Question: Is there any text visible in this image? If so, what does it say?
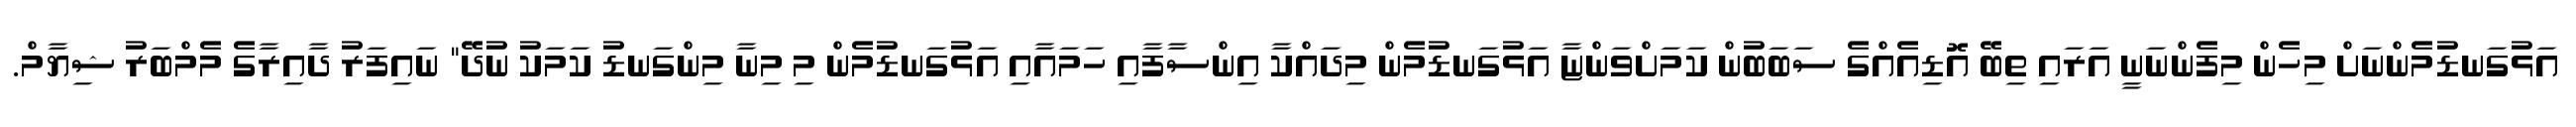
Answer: އަޅުގަނޑުމެންނަށް މިހެން މިފެންނަނީ އަރައި ތިބޭ އޮޑިއެއްގެ ސަބަބުން ކަމަށްވަންޏާ އަޅުގަނޑުމެން މިދައްކާ އިންސާފާއި ހަމައާއި އަޅުގަނޑުމެން މި މިނާ މިންގަނޑު ކަމަކު ނުދޭ" ނައިފަރު ދާއިރާގެ މެމްބަރު ޝިޔާމް.